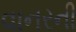
વાનરની